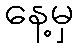
နေ့မှ